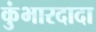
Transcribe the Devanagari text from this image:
कुंभारदादा